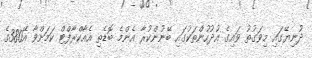
ދުނިޔޭގައި މިވަގުތު ވައިގެ އުދުހުންތަކުގައި ބޭނުންކުރާ އެންމެ ބޮޑެތި އެއާކްރާފްޓް ކަމަށްވާ އޭ380ގެ